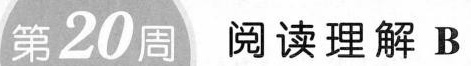
第20周 阅读理解 B